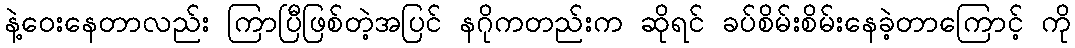
နဲ့ဝေးနေတာလည်း ကြာပြီဖြစ်တဲ့အပြင် နဂိုကတည်းက ဆိုရင် ခပ်စိမ်းစိမ်းနေခဲ့တာကြောင့် ကို